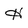
Character: H